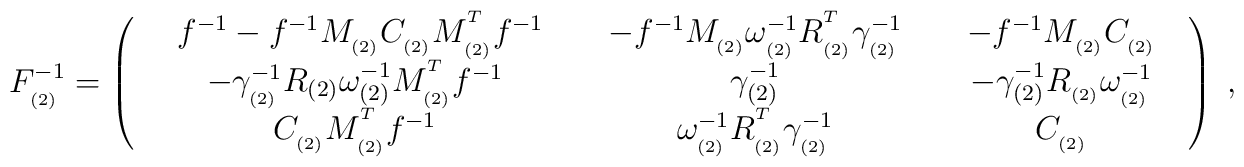
F_{_{(2)}}^{-1}=\left(\begin{array}{ccc}\ \;\;f^{-1}-f^{-1}M_{_{(2)}}C_{_{(2)}}M_{_{(2)}}^{^T}f^{-1}\;\; &\;\;-f^{-1}M_{_{(2)}}\omega _{_{(2)}}^{-1}R_{_{(2)}}^{^T}\gamma_{_{(2)}}^{-1}\;\; & \;\;-f^{-1}M_{_{(2)}}C_{_{(2)}}\;\; \\-\gamma _{_{(2)}}^{-1}R_{(2)}\omega _{(2)}^{-1}M_{_{(2)}}^{^T}f^{-1} &\gamma _{(2)}^{-1} & -\gamma _{(2)}^{-1}R_{_{(2)}}\omega _{_{(2)}}^{-1} \\C_{_{(2)}}M_{_{(2)}}^{^T}f^{-1} & \omega _{_{(2)}}^{-1}R_{_{(2)}}^{^T}\gamma_{_{(2)}}^{-1} & C_{_{(2)}}\end{array}\right) \;,